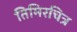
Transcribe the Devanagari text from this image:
तिमिरचित्र